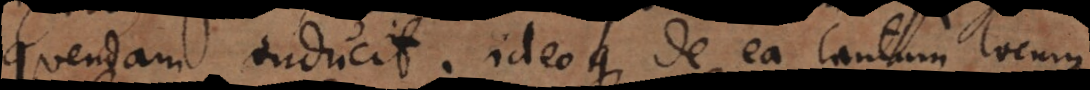
quendam inducit; ideoque de ea tantum locum